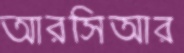
আরসিআর